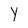
Character: Y